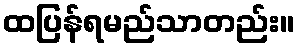
ထပြန်ရမည်သာတည်း။